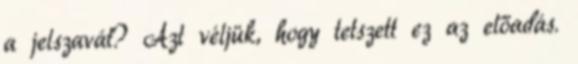
a jelszavát? Azt véljük, hogy tetszett ez az előadás.